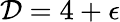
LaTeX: \mathcal{D}=4+\epsilon